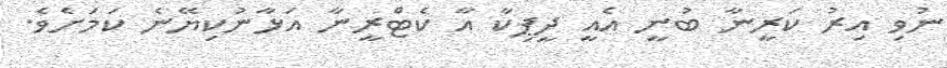
ނުވި އިރު ކަރީނާ ބުނީ އެއީ ދީޕިކާ އާ ކެޓްރީނާ އަޅާނުކިޔޭނެ ކަމަށެވެ.